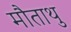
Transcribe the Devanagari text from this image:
मौताथु